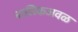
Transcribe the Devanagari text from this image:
नासिकजवळ